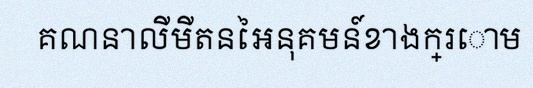
គណនាលីមីតនៃអនុគមន៍ខាងក្រោម